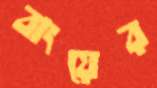
বাংয়ের